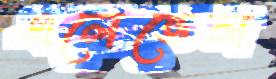
এলেভেল